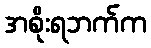
အစိုးရဘက်က